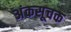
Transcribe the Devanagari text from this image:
अंकसूचक